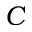
C